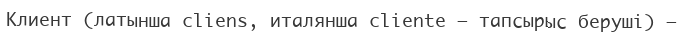
Клиент (латынша clіens, италянша clіente – тапсырыс беруші) –